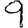
Digit: 9